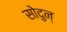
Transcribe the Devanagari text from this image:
सोदुन्